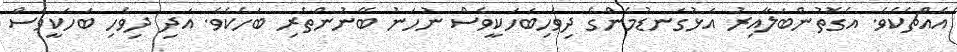
އެއްޗެކެވެ. އެގޮތުންބަލާއިރު އަޅުގަނޑުމެންގެ ދިވެހިބަހަކީވެސް ނުހަނު ބޭނުންތެރި ބަހެކެވެ. އަދި ދިވެހި ބަހަކީވެސް